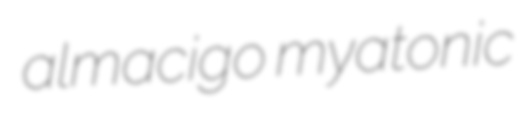
almacigo myatonic